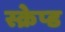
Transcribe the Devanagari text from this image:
स्क्रेप्ड